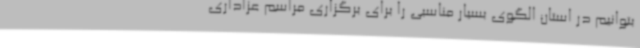
بتوانیم در استان الگوی بسیار مناسبی را برای برگزاری مراسم عزاداری